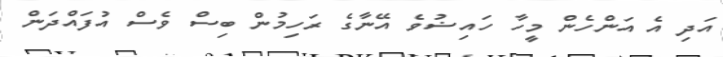
އަދި އެ އަންހެން މީހާ ހައިޟުވެ އޭނާގެ ރަހިމުން ބިސް ވެސް އުފައްދަން